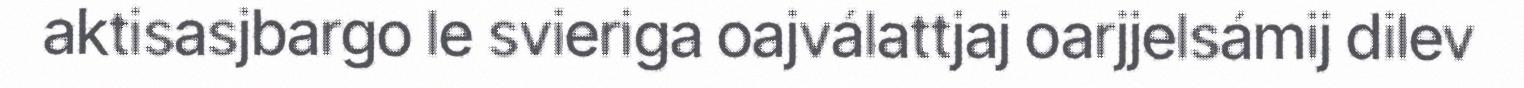
aktisasjbargo le svieriga oajválattjaj oarjjelsámij dilev